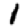
Digit: 1